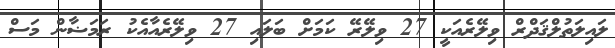
ލައިލަތުލްޤަދްރް ވިލޭރެއަކީ 27 ވިލޭރޭ ކަމަށް ބަލައި 27 ވިލޭރެއާއެކު ރަމަޟާން މަސް